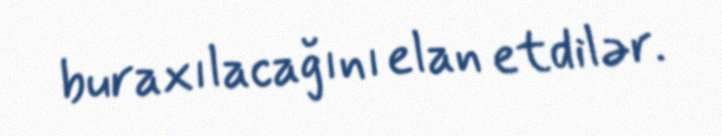
buraxılacağını elan etdilər.